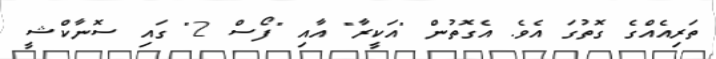
ތަރިއެއްގެ ގޮތުގަ އެވެ. އެގޮތުން "އަކީރާ" އާއި "ފޯސް 2" ގައި ސޮނާކްޝީ